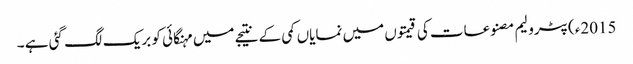
2015ء)پٹرولیم مصنوعات کی قیمتوں میں نمایاں کمی کے نتیجے میں مہنگائی کو بریک لگ گئی ہے ۔